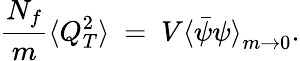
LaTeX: {\frac{N_{f}}{m}}\langle Q_{T}^{2}\rangle~=~V{\langle\bar{\psi}{\psi}\rangle}_{m\rightarrow 0}.